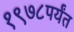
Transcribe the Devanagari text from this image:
१९७८पर्यंत